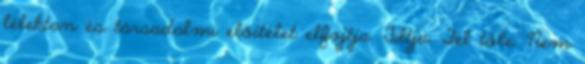
lélektan és társadalmi előítélet elfojtja. Tiltja. Fél tőle. Nem